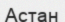
Астан